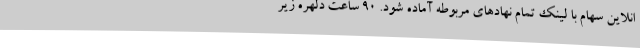
انلاین سهام با لینک تمام نهادهای مربوطه آماده شود. ۹۰ ساعت دلهره زیر